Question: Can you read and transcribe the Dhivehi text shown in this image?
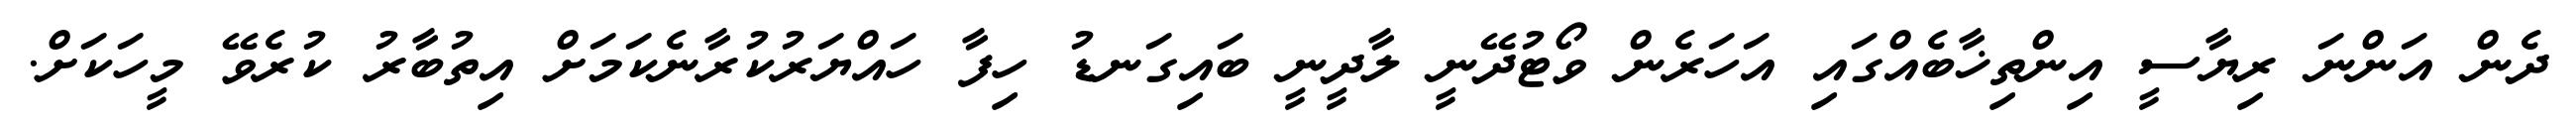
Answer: ދެން އަންނަ ރިޔާސީ އިންތިޚާބެއްގައި އަހަރެން ވޯޓުދޭނީ ލާދީނީ ބައިގަނޑު ހިފާ ހައްޔަރުކުރާނެކަމަށް އިތުބާރު ކުރެވޭ މީހަކަށް.